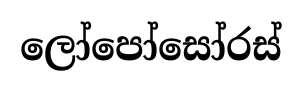
ලෝපෝසෝරස්